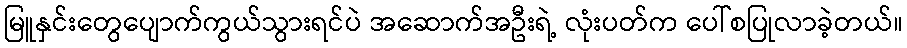
မြူနှင်းတွေပျောက်ကွယ်သွားရင်ပဲ အဆောက်အဦးရဲ့ လုံးပတ်က ပေါ်စပြုလာခဲ့တယ်။